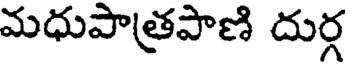
మధుపాత్రపాణి దుర్గ